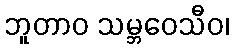
ဘူတာဝ သမ္ဘဝေသီဝ၊